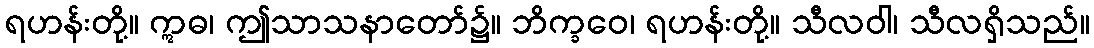
ရဟန်းတို့။ ဣဓ၊ ဤသာသနာတော်၌။ ဘိက္ခဝေ၊ ရဟန်းတို့။ သီလဝါ၊ သီလရှိသည်။